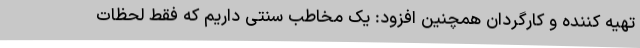
تهیه کننده و کارگردان همچنین افزود: یک مخاطب سنتی داریم که فقط لحظات